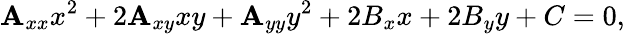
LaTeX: \mathbf{A}_{xx}x^{2}+2\mathbf{A}_{xy}xy+\mathbf{A}_{yy}y^{2}+2B_{x}x+2B_{y}y+C=0,